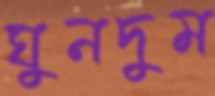
ঘুনদুম